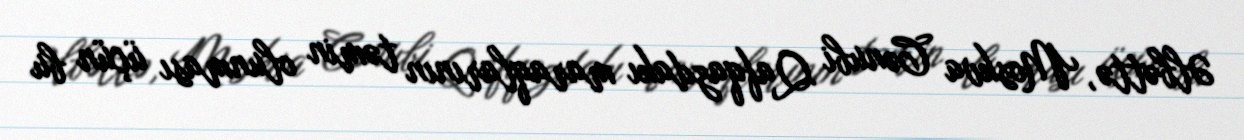
Əlbəttə, Moskva Cənubi Qafqazdakı maraqlarının təmin olunması üçün bu